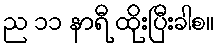
ည ၁၁ နာရီ ထိုးပြီးခါစ။